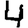
Digit: 4